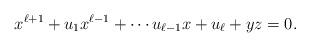
LaTeX: \begin{align*}x^{\ell+1}+u_1 x^{\ell-1}+\cdots u_{\ell-1} x+ u_\ell + yz = 0.\end{align*}